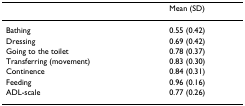
|  | Mean (SD) |
 | --- | --- |
 | Bathing | 0.55 (0.42) |
 | Dressing | 0.69 (0.42) |
 | Going to the toilet | 0.78 (0.37) |
 | Transferring (movement) | 0.83 (0.30) |
 | Continence | 0.84 (0.31) |
 | Feeding | 0.96 (0.16) |
 | ADL-scale | 0.77 (0.26) |